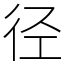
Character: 径